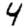
Digit: 4